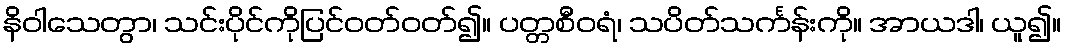
နိဝါသေတွာ၊ သင်းပိုင်ကိုပြင်ဝတ်ဝတ်၍။ ပတ္တစီဝရံ၊ သပိတ်သင်္ကန်းကို။ အာယဒါ၊ ယူ၍။